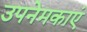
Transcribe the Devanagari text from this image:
उपनेमकाएं